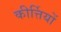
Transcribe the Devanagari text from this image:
कीर्त्तियों